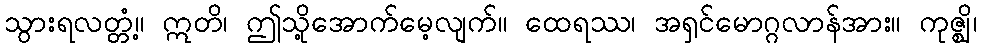
သွားရလတ္တံ့။ ဣတိ၊ ဤသို့အောက်မေ့လျက်။ ထေရဿ၊ အရှင်မောဂ္ဂလာန်အား။ ကုဇ္ဈိ၊